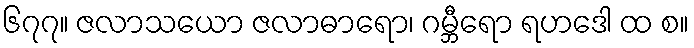
၆၇၇။ ဇလာသယော ဇလာဓာရော၊ ဂမ္ဘီရော ရဟဒေါ ထ စ။